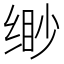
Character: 缈